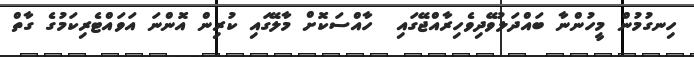
ހިނގުމުން މީހުންނާ ބައްދަލުވޭދިވެހިރާއްޖޭގައި  ހާއްސަކޮށް މާލޭގައި ކުރިން އޮންނަ އަވައްޓެރިކަމުގެ ގާތް